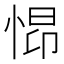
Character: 𱞞